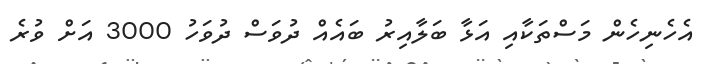
އެހެނިހެން މަސްތަކާއި އަޅާ ބަލާއިރު ބައެއް ދުވަސް ދުވަހު 3000 އަށް ވުރެ